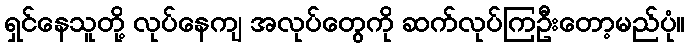
ရှင်နေသူတို့ လုပ်နေကျ အလုပ်တွေကို ဆက်လုပ်ကြဦးတော့မည်ပုံ။